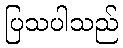
ပြသပါသည်